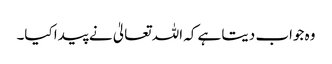
وہ جواب دیتا ہے کہ اللہ تعالیٰ نے پیدا کیا۔